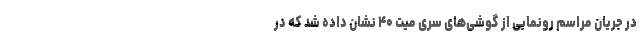
در جریان مراسم رونمایی از گوشی‌های سری میت ۴۰ نشان داده شد که در